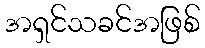
အရှင်သခင်အဖြစ်